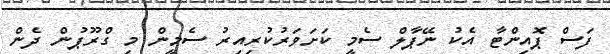
ފަސް ޕޮއިންޓާ އެކު ނޭޕާލް ސެމީ ކަށަވަރުކުރިއިރު ސެމީން މި ގްރޫޕުން ދެން